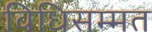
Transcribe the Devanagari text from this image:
विधिसम्‍मत